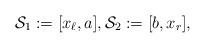
LaTeX: \begin{align*}\mathcal S_1:=[x_\ell,a], \mathcal S_2:=[b,x_r],\end{align*}